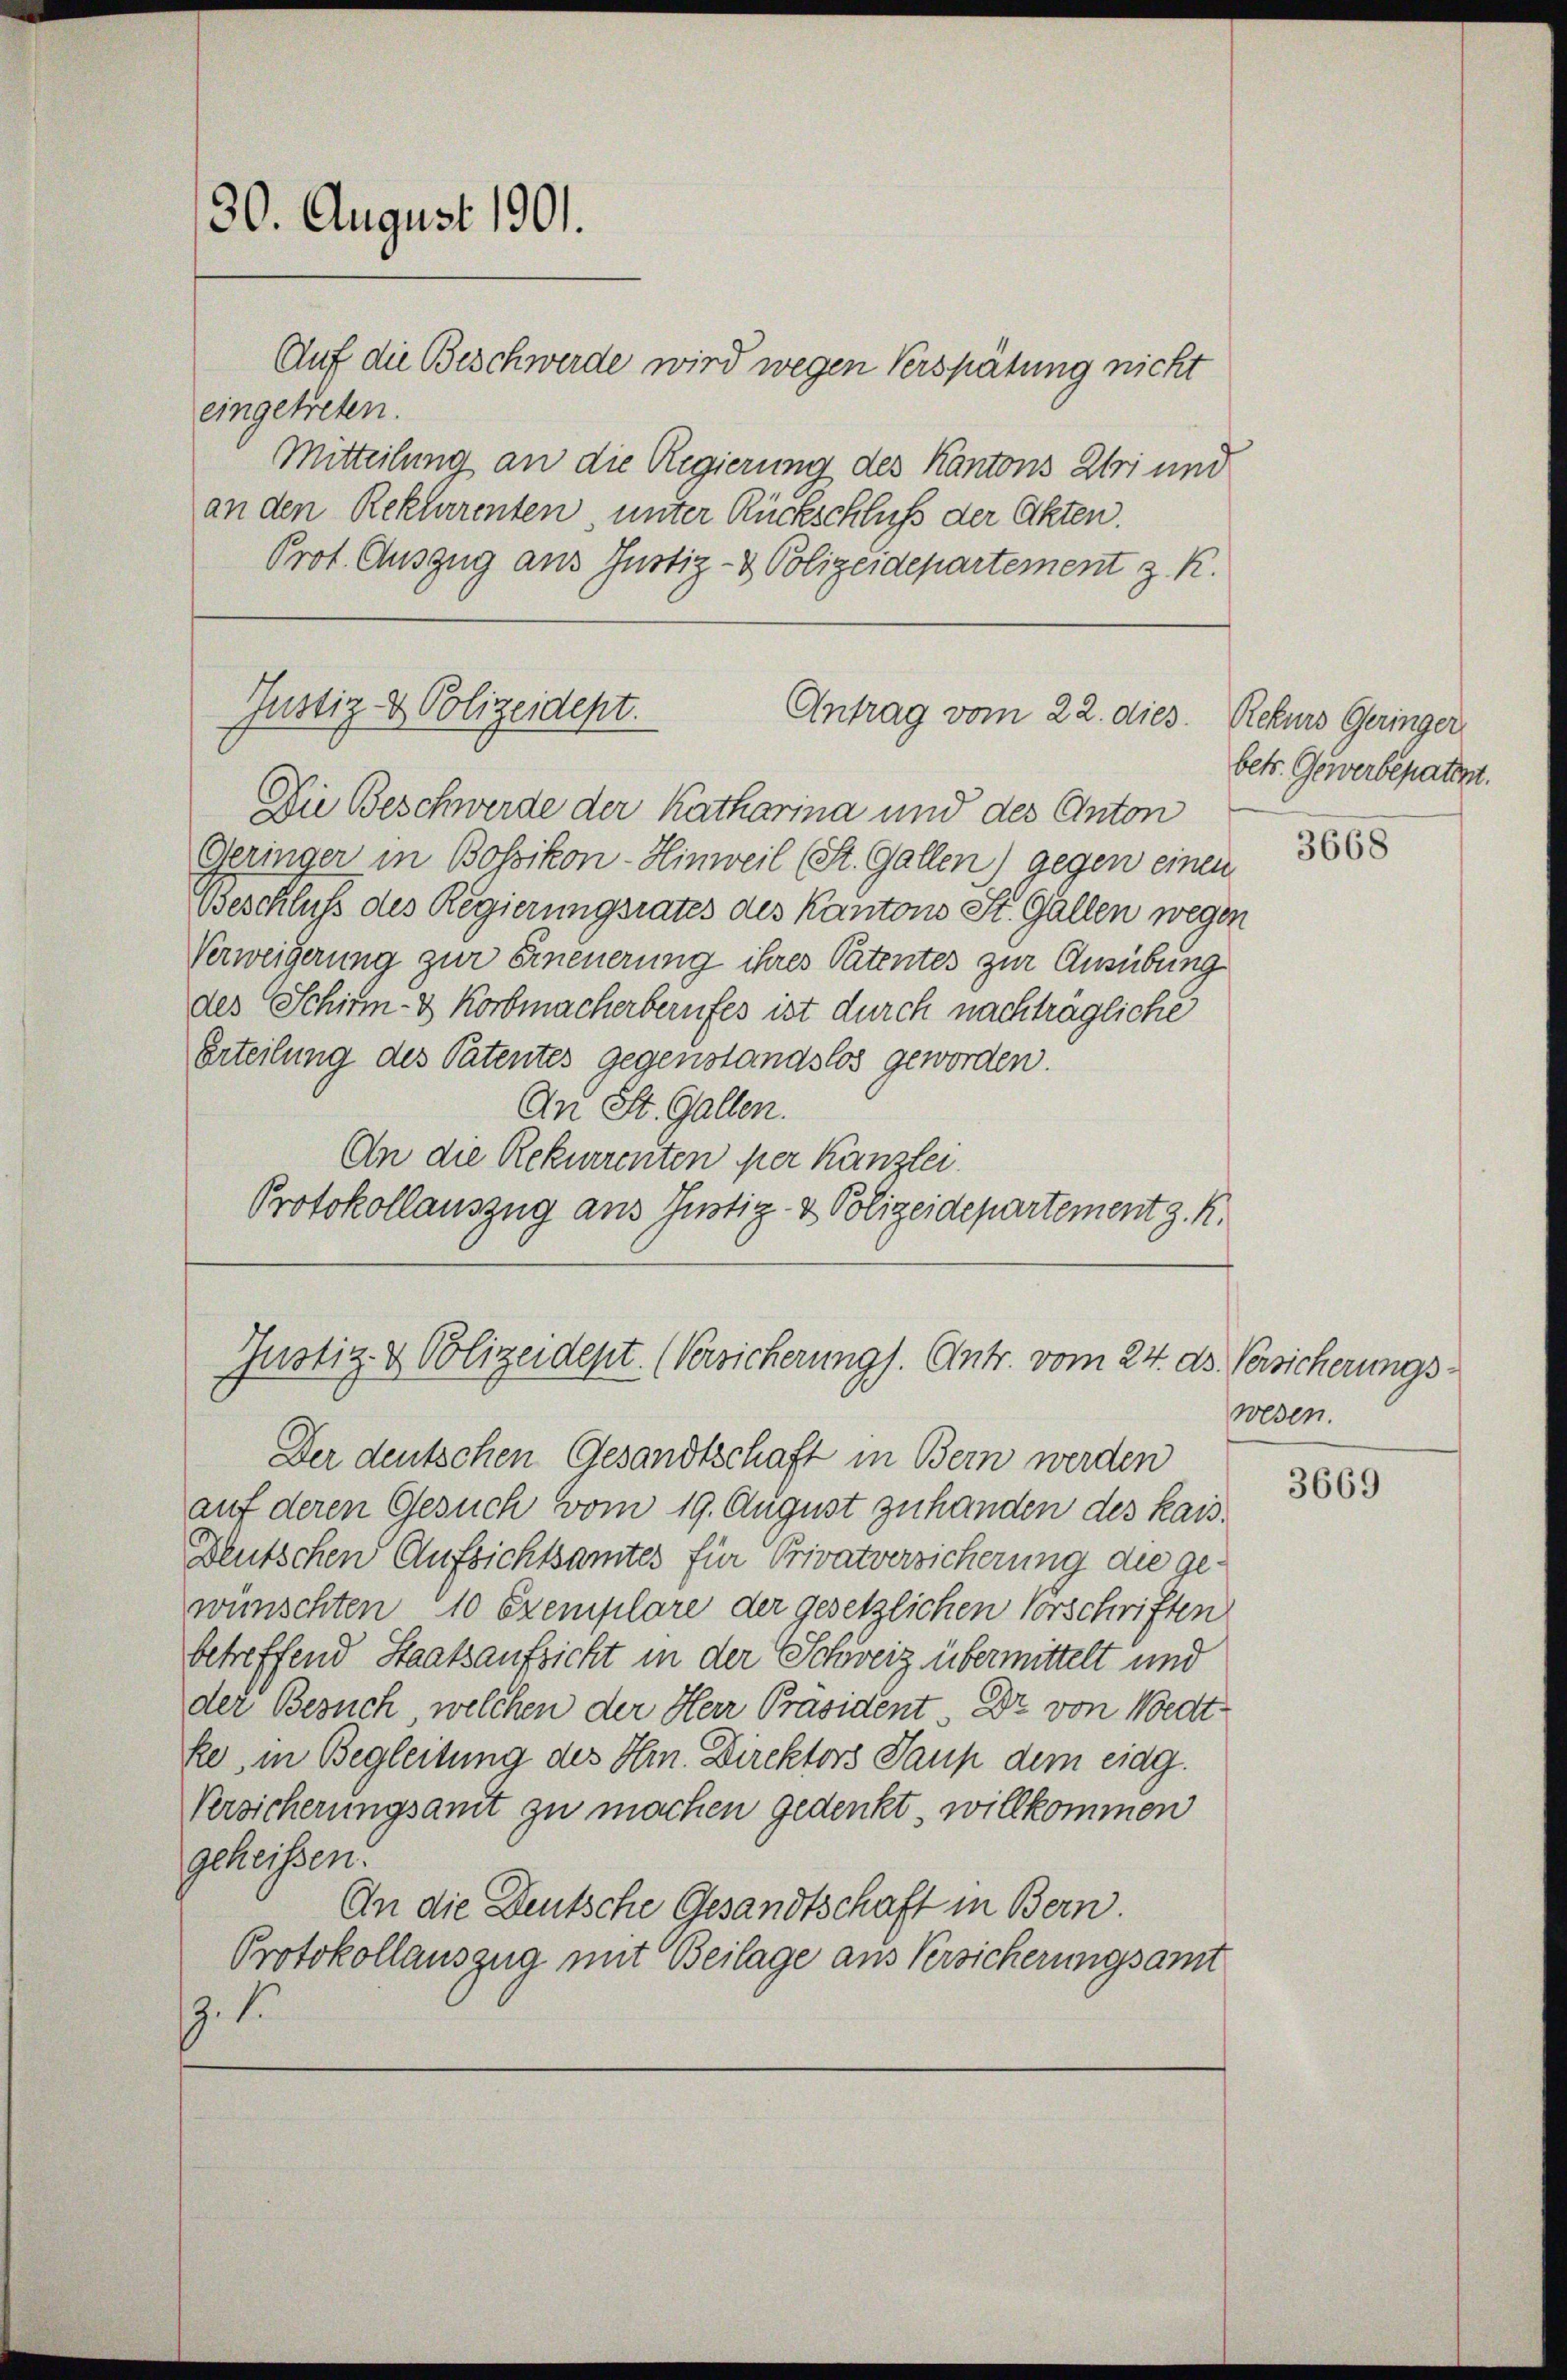
30. August 1901.

Auf die Beschwerde wird wegen Verspätung nicht
eingetreten.
Mitteilung an die Regierung des Kantons Uri und
an den Reklarenten unter Rückschluß der Akten.
Prot. Auszug aus Justiz- & Polizeidepartement z. R.

Justiz & Polizeident.
Antrag vom 22. dies. Rekurs Geringer

Justiz- & Polizeident. (Versicherungs. Entr. vom 24. ds. Versicherungs¬

Die Beschwerde der Katharina und des Anton
Geringer in Bossikon-Hinweil (St. Gallen) gegen einen
Beschluß des Regierungsrates des Kantons St. Gallen wegen
Verweigerung zur Erneuerung ihres Patentes zur Ausübung
des Schirm- & Korbmacherberufes ist durch nachträgliche
Erteilung des Patentes gegenstandslos geworden.
An St. Gallen.
An die Rekurrenten per Kanzlei.
Protokollauszug aus Justiz- & Polizeidepartement z. K.

Der deutschen Gesandtschaft in Bern werden
auf deren Gesuch vom 19. August zuhanden des kais.
Deutschen Aufsichtsamtes für Privatversicherung die ge-
wünschten 10 Exemplare der gesetzlichen Vorschriften
betreffend Staatsaufsicht in der Schweiz übermittelt und
der Besuch, welchen der Herr Präsident. Dr von Wedtke, in Begleitung des Hrn. Direktors Paup dem eidg.
Versicherungsamt zu machen gedenkt, willkommen
geheissen.
An die Deutsche Gesandtschaft in Bern.
Protokollauszug mit Beilage aus Versicherungsamt
z. 1.

betr. Gewerbepatent.

3668

wesen.

3669